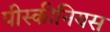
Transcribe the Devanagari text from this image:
पीस्कीनियस